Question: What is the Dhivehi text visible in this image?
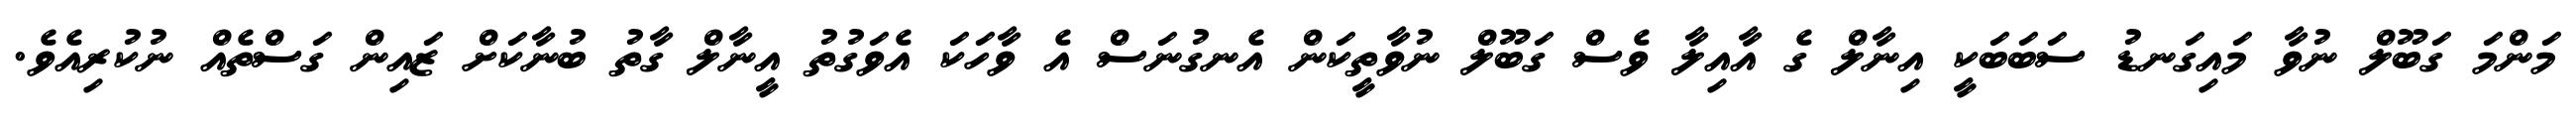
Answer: މަންމަ ގަބޫލް ނުވާ މައިގަނޑު ސަބަބަކީ އިނާލް ގެ އާއިލާ ވެސް ގަބޫލް ނުވާތީކަން އެނގުނަސް އެ ވާހަކަ އެވަގުތު އީނާލް ގާތު ބުނާކަށް ޒައިން ގަސްތެއް ނުކުރިއެވެ.